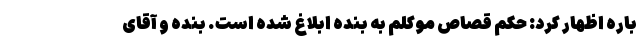
باره اظهار کرد: حکم قصاص موکلم به بنده ابلاغ شده است. بنده و آقای